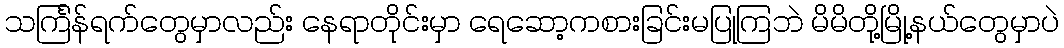
သင်္ကြန်ရက်တွေမှာလည်း နေရာတိုင်းမှာ ရေဆော့ကစားခြင်းမပြုကြဘဲ မိမိတို့မြို့နယ်တွေမှာပဲ